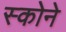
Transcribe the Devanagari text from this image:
स्कोने